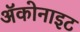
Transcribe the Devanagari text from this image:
ॲकोनाइट